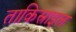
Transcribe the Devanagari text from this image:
ताकिस्राइल